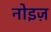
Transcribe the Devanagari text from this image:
नोइज़